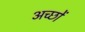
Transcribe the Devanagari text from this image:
अच्छों